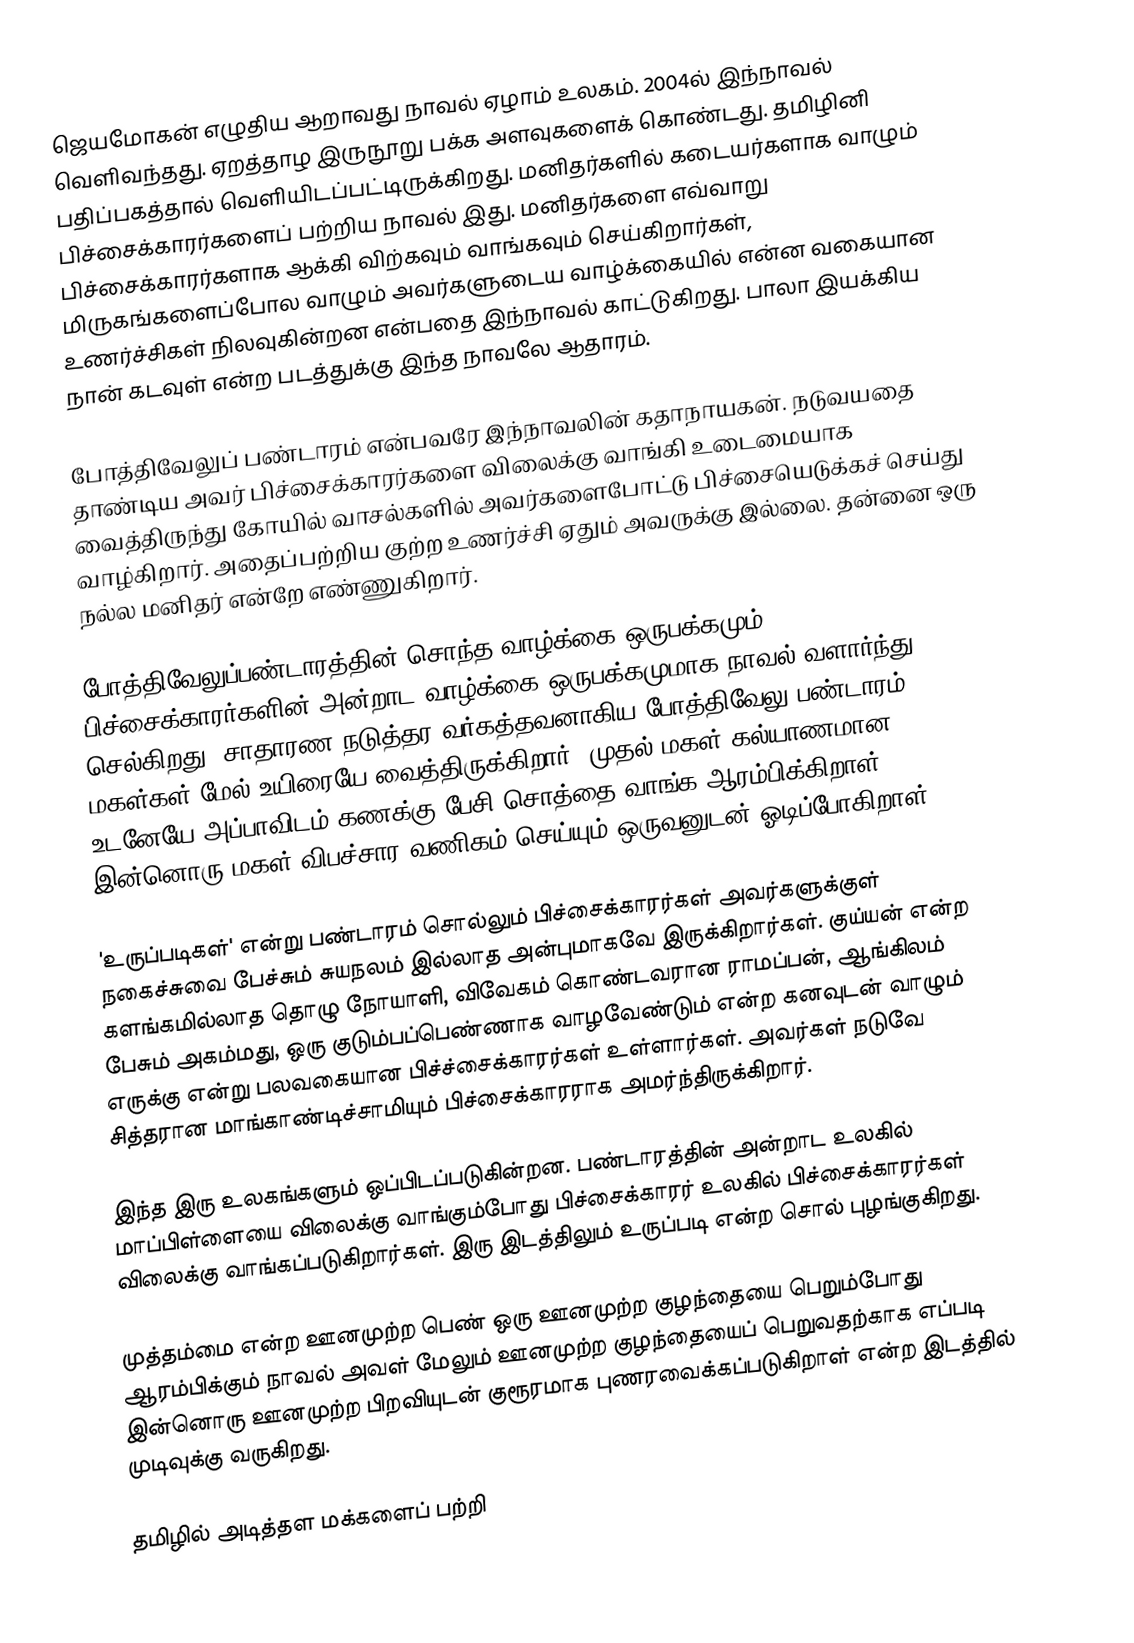
ஜெயமோகன் எழுதிய ஆறாவது நாவல் ஏழாம் உலகம். 2004ல் இந்நாவல் வெளிவந்தது. ஏறத்தாழ இருநூறு பக்க அளவுகளைக் கொண்டது. தமிழினி பதிப்பகத்தால் வெளியிடப்பட்டிருக்கிறது. மனிதர்களில் கடையர்களாக வாழும் பிச்சைக்காரர்களைப் பற்றிய நாவல் இது. மனிதர்களை எவ்வாறு பிச்சைக்காரர்களாக ஆக்கி விற்கவும் வாங்கவும் செய்கிறார்கள், மிருகங்களைப்போல வாழும் அவர்களுடைய வாழ்க்கையில் என்ன வகையான உணர்ச்சிகள் நிலவுகின்றன என்பதை இந்நாவல் காட்டுகிறது. பாலா இயக்கிய நான் கடவுள் என்ற படத்துக்கு இந்த நாவலே ஆதாரம்.

போத்திவேலுப் பண்டாரம் என்பவரே இந்நாவலின் கதாநாயகன். நடுவயதை தாண்டிய அவர் பிச்சைக்காரர்களை விலைக்கு வாங்கி உடைமையாக வைத்திருந்து கோயில் வாசல்களில் அவர்களைபோட்டு பிச்சையெடுக்கச் செய்து வாழ்கிறார். அதைப்பற்றிய குற்ற உணர்ச்சி ஏதும் அவருக்கு இல்லை. தன்னை ஒரு நல்ல மனிதர் என்றே எண்ணுகிறார்.

போத்திவேலுப்பண்டாரத்தின் சொந்த வாழ்க்கை ஒருபக்கமும் பிச்சைக்காரர்களின் அன்றாட வாழ்க்கை ஒருபக்கமுமாக நாவல் வளார்ந்து செல்கிறது. சாதாரண நடுத்தர வர்கத்தவனாகிய போத்திவேலு பண்டாரம் மகள்கள் மேல் உயிரையே வைத்திருக்கிறார். முதல் மகள் கல்யாணமான உடனேயே அப்பாவிடம் கணக்கு பேசி சொத்தை வாங்க ஆரம்பிக்கிறாள். இன்னொரு மகள் விபச்சார வணிகம் செய்யும் ஒருவனுடன் ஓடிப்போகிறாள்.

'உருப்படிகள்' என்று பண்டாரம் சொல்லும் பிச்சைக்காரர்கள் அவர்களுக்குள் நகைச்சுவை பேச்சும் சுயநலம் இல்லாத அன்புமாகவே இருக்கிறார்கள். குய்யன் என்ற களங்கமில்லாத தொழு நோயாளி, விவேகம் கொண்டவரான ராமப்பன், ஆங்கிலம் பேசும் அகம்மது, ஒரு குடும்பப்பெண்ணாக வாழவேண்டும் என்ற கனவுடன் வாழும் எருக்கு என்று பலவகையான பிச்ச்சைக்காரர்கள் உள்ளார்கள். அவர்கள் நடுவே சித்தரான மாங்காண்டிச்சாமியும் பிச்சைக்காரராக அமர்ந்திருக்கிறார்.

இந்த இரு உலகங்களும் ஒப்பிடப்படுகின்றன. பண்டாரத்தின் அன்றாட உலகில் மாப்பிள்ளையை விலைக்கு வாங்கும்போது பிச்சைக்காரர் உலகில் பிச்சைக்காரர்கள் விலைக்கு வாங்கப்படுகிறார்கள். இரு இடத்திலும் உருப்படி என்ற சொல் புழங்குகிறது.

முத்தம்மை என்ற ஊனமுற்ற பெண் ஒரு ஊனமுற்ற குழந்தையை பெறும்போது ஆரம்பிக்கும் நாவல் அவள் மேலும் ஊனமுற்ற குழந்தையைப் பெறுவதற்காக எப்படி இன்னொரு ஊனமுற்ற பிறவியுடன் குரூரமாக புணரவைக்கப்படுகிறாள் என்ற இடத்தில் முடிவுக்கு வருகிறது.

தமிழில் அடித்தள மக்களைப் பற்றி